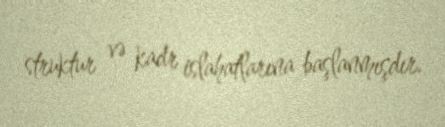
struktur və kadr islahatlarına başlanmışdır.